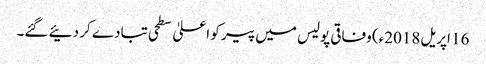
16 اپریل2018ء) وفاقی پولیس میں پیر کو اعلیٰ سطحی تبادے کر دئیے گئے۔